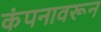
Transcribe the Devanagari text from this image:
कंपनावरून